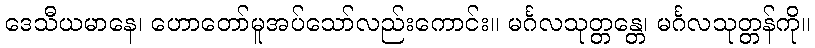
ဒေသီယမာနေ၊ ဟောတော်မူအပ်သော်လည်းကောင်း။ မင်္ဂလသုတ္တန္တေ၊ မင်္ဂလသုတ္တန်ကို။